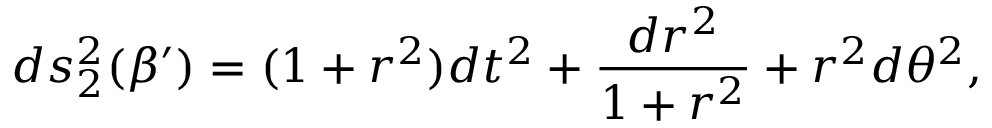
d s _ { 2 } ^ { 2 } ( \beta ^ { \prime } ) = ( 1 + r ^ { 2 } ) d t ^ { 2 } + \frac { d r ^ { 2 } } { 1 + r ^ { 2 } } + r ^ { 2 } d \theta ^ { 2 } ,